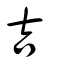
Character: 吉